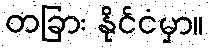
တခြား နိုင်ငံမှာ။